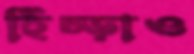
হিঁচ্‌ড়াও